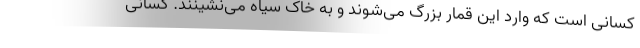
کسانی است که وارد این قمار بزرگ می‌شوند و به خاک سیاه می‌نشینند. کسانی